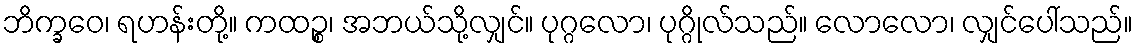
ဘိက္ခဝေ၊ ရဟန်းတို့။ ကထဉ္စ၊ အဘယ်သို့လျှင်။ ပုဂ္ဂလော၊ ပုဂ္ဂိုလ်သည်။ လောလော၊ လျှင်ပေါ်သည်။